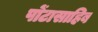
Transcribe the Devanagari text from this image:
पोंटासाहिब